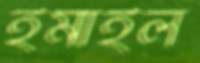
ইমাইল